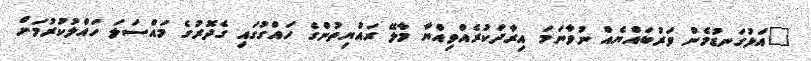
"އަޅުގަނޑުމެން ވަރުބައްޔެއް ނުވާނަމަ އިރާދަކުރެއްވިއްޔާ މާލޭ ރައްޔިތުންގެ ހައްގުގައި ގެދޮރުގެ މައްސަލަ ހައްލުކުރުމަށް